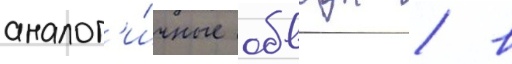
аналог'и́чные обводы / в